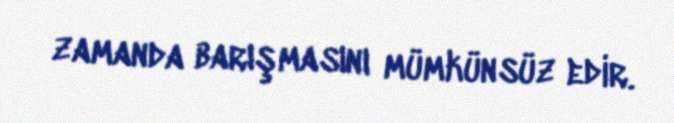
zamanda barışmasını mümkünsüz edir.